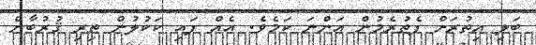
ބަލި އިތުރަށް ފެތުރެމުން އަންނަ ކަމެވެ. އެއް ފައި ކަކުލުން ތިރި ޤުރުބާން